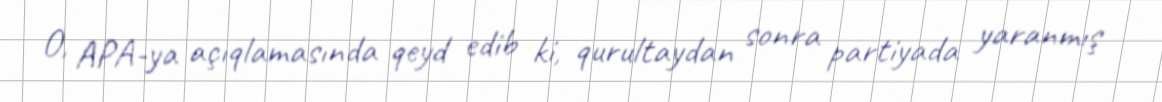
O, APA-ya açıqlamasında qeyd edib ki, qurultaydan sonra partiyada yaranmış